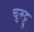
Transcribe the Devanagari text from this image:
चुरुट्टू